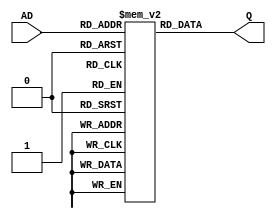
module rom_10bit_64word(AD,
                        Q);
    input [5:0] AD;
    output [9:0] Q;
    
    reg [9:0] q [0:63];
    
    initial begin
        // 1 (#12 P18) 
        // q[6'd0] <= {4'b0100, 6'd5};// MOV A, 5
        // q[6'd1] <= {4'b1000, 6'd10};// MOV B, 10
        
        // 2 (#12 P21) 
        // q[6'd0] <= {4'b0100, 6'd5};// MOV A, 5
        // q[6'd1] <= {4'b0000, 6'd0};// NOP
        // q[6'd2] <= {4'b0001, 6'd1};// NOP
        
        // 3 (#12 P25) 
        // q[6'd0] <= {4'b1011, 6'd5};
        // q[6'd1] <= {4'b0000, 6'd0};
        // q[6'd2] <= {4'b0000, 6'd0};
        // q[6'd3] <= {4'b0000, 6'd0};
        // q[6'd4] <= {4'b0100, 6'd4};
        // q[6'd5] <= {4'b1010, 6'd1};
        
        // 4 (#12 P26) 
        q[6'd0] <= {4'b0100, 6'd62};
        q[6'd1] <= {4'b0000, 6'd0};
        q[6'd2] <= {4'b0001, 6'd1};
        q[6'd3] <= {4'b1100, 6'd2};
        q[6'd4] <= {4'b0000, 6'd0};
        q[6'd5] <= {4'b0000, 6'd0};
        q[6'd6] <= {4'b0000, 6'd0};
    end
    
    assign Q = q[AD];
endmodule